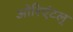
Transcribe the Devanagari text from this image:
ओरिएंटल्